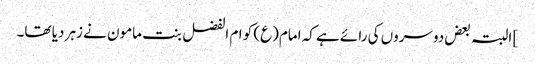
] البتہ بعض دوسروں کی رائے ہے کہ امام(ع) کو ام الفضل بنت مامون نے زہر دیا تھا۔